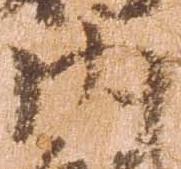
内